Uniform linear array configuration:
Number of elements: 24
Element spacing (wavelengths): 0.75
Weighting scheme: cosine
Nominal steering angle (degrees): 60
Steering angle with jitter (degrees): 59.264
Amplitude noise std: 0.05
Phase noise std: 0.05

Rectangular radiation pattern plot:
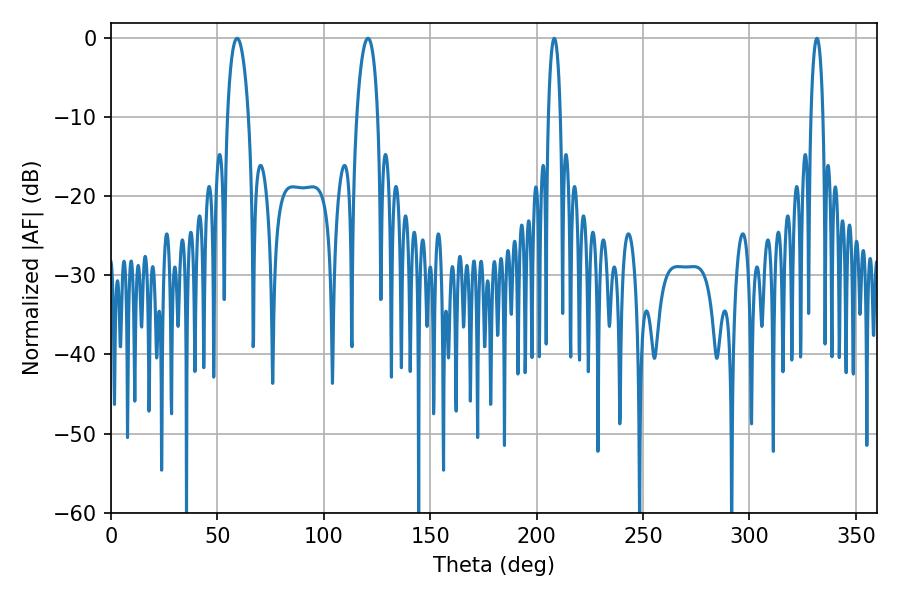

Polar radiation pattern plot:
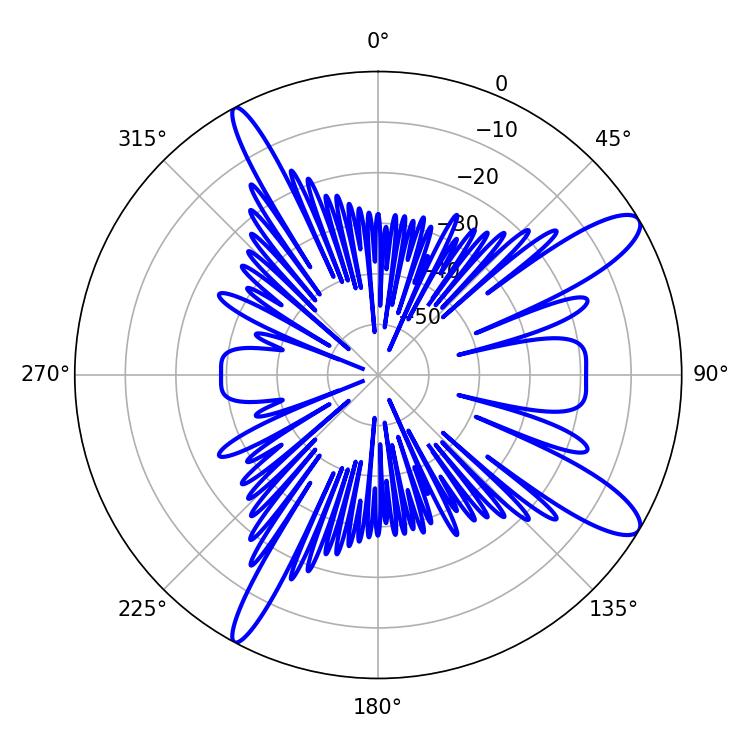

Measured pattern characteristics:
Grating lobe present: TRUE
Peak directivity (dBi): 11.881
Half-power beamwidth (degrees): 5.76
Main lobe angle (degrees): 59.22